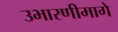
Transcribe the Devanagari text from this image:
उभारणीमागे